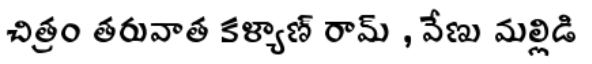
చిత్రం తరువాత కళ్యాణ్ రామ్ , వేణు మల్లిడి